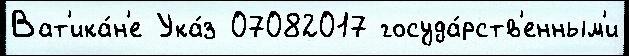
Ват'ика́н'е Ука́з 07082017 госуда́рств'енным'и